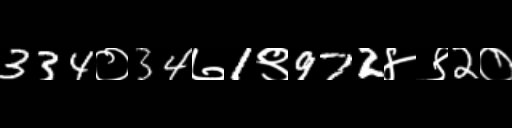
Text: 334०34७1९972४९2०